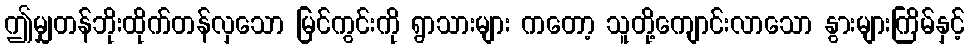
ဤမျှတန်ဘိုးထိုက်တန်လှသော မြင်ကွင်းကို ရွာသားများ ကတော့ သူတို့ကျောင်းလာသော နွားများကြိမ်နှင့်